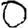
Digit: 0